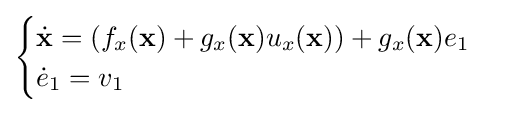
{\begin{cases}{\dot {\mathbf {x} }}=(f_{x}(\mathbf {x} )+g_{x}(\mathbf {x} )u_{x}(\mathbf {x} ))+g_{x}(\mathbf {x} )e_{1}\\{\dot {e}}_{1}=v_{1}\end{cases}}